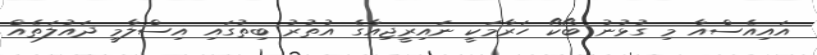
އައިއެސްއާ މި ގުޅުނު ބޯކޯ ހަރާމަކީ ނައިރީޖިއާގެ އުތުރު ބިތުގައި އިސްލާމީ ދައުލަތެއް